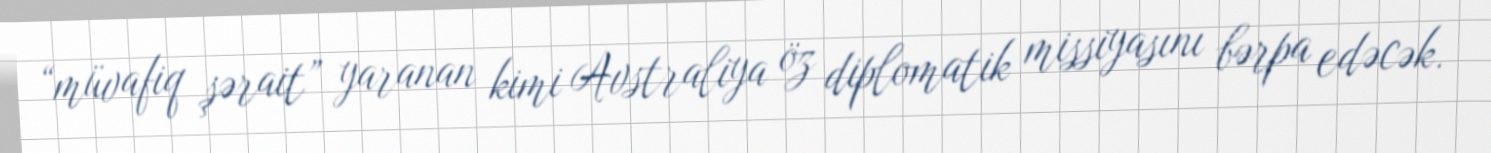
“müvafiq şərait” yaranan kimi Avstraliya öz diplomatik missiyasını bərpa edəcək.